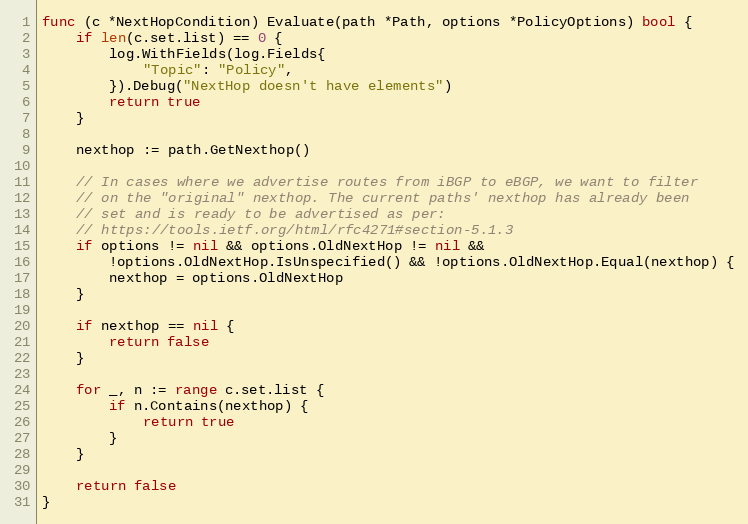
Language: Go
func (c *NextHopCondition) Evaluate(path *Path, options *PolicyOptions) bool {
	if len(c.set.list) == 0 {
		log.WithFields(log.Fields{
			"Topic": "Policy",
		}).Debug("NextHop doesn't have elements")
		return true
	}

	nexthop := path.GetNexthop()

	// In cases where we advertise routes from iBGP to eBGP, we want to filter
	// on the "original" nexthop. The current paths' nexthop has already been
	// set and is ready to be advertised as per:
	// https://tools.ietf.org/html/rfc4271#section-5.1.3
	if options != nil && options.OldNextHop != nil &&
		!options.OldNextHop.IsUnspecified() && !options.OldNextHop.Equal(nexthop) {
		nexthop = options.OldNextHop
	}

	if nexthop == nil {
		return false
	}

	for _, n := range c.set.list {
		if n.Contains(nexthop) {
			return true
		}
	}

	return false
}